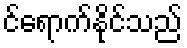
င်ရောက်နိုင်သည်